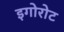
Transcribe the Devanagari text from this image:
इगोरोट